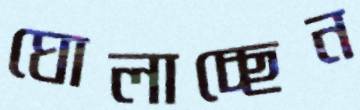
ঘোলাচ্ছেন